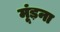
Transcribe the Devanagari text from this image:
मूंड़ना